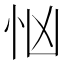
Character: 忷